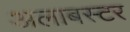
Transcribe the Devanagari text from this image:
अलाबस्टर